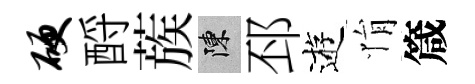
硬酹蔟陳邳逰悁箴